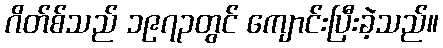
ဂိတ်စ်သည် ၁၉၇၃တွင် ကျောင်းပြီးခဲ့သည်။